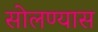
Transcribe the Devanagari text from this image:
सोलण्यास